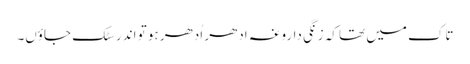
تاک میں تھا کہ زنگی داروغہ اِدھر اُدھر ہو تو اندر سٹک جاؤں۔